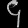
Digit: ၄